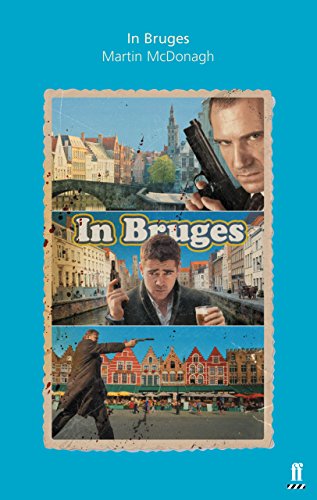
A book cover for In Bruges: A Screenplay; Martin McDonagh; Humor & Entertainment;